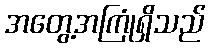
အတွေ့အကြုံရှိသည်